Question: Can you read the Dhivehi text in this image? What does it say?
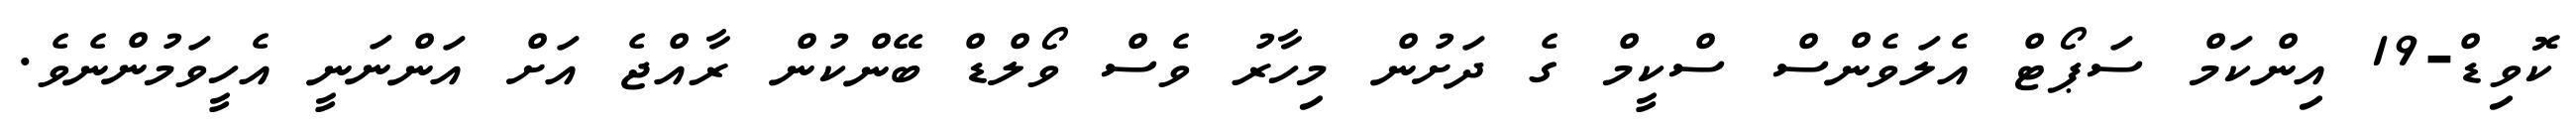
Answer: ކޮވިޑް-19 އިންކަމް ސަޕޯޓް އެލަވެންސް ސްކީމް ގެ ދަށުން މިހާރު ވެސް ވޯލްޑް ބޭންކުން ރާއްޖެ އަށް އަންނަނީ އެހީވަމުންނެވެ.